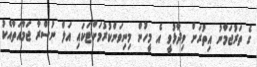
ގެ ތަރުޖަމާނު އިތުރަށް ވިދާޅުވީ އެ މީހުން މިނިވަންކުރުމަށްޓަކައި އަލް ނުސްރާ ޖަމާއަތާއެކު